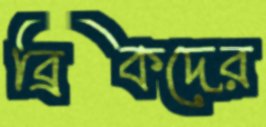
ব্রিকদের